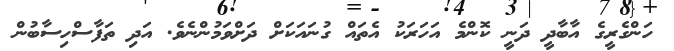
ހަންގެރީގެ އާބާދީ ދަނީ ކޮންމެ އަހަރަކު އެތައް ގުނައަކަށް ދަށްވަމުންނެވެ. އަދި ތަފާސްހިސާބުން